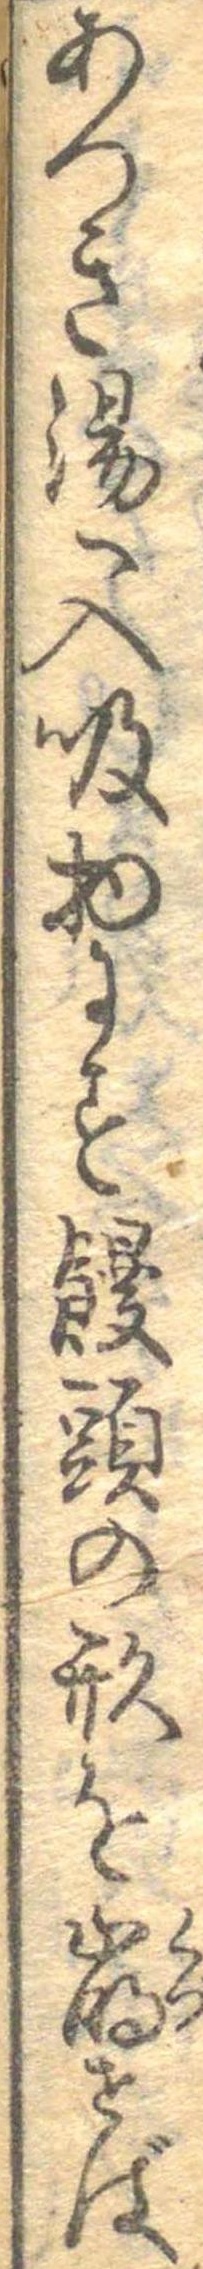
あつき湯へ入吸物にす饅頭の形を崩せば